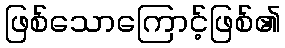
ဖြစ်သောကြောင့်ဖြစ်၏